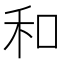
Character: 和